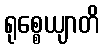
ရုစ္စေယျာတိ